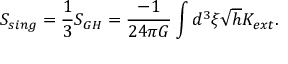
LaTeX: S _ { s i n g } = { \frac { 1 } { 3 } } S _ { G H } = { \frac { - 1 } { 2 4 \pi G } } \int d ^ { 3 } \xi \sqrt { h } K _ { e x t } .